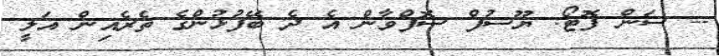
-- ސަން ފޮޓޯ: ޔޫސުފް ސޮފްވާން އެ ދެ ބޭފުޅުންގެ ތެރެއިން އަލީ